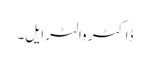
ڈاکٹر والٹر ایل۔